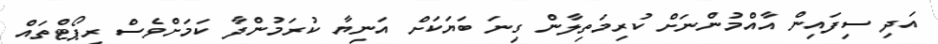
އަދި ސިފައިން އާއްމުންނަށް ކުރިމަތިލާން ގިނަ ބަޔަކަށް އަނިޔާ ކުރަމުންދާ ކަމަށްވެސް ރިޕޯޓްތައް